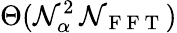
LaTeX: \Theta(\mathcal{N}_{\alpha}^{2}\, \mathcal{N}_{\mathrm{{~F~F~T~}}})